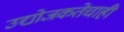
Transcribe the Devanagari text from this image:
उद्योजकतेचाही